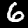
Digit: 6